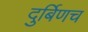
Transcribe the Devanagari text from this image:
दुर्बिणच